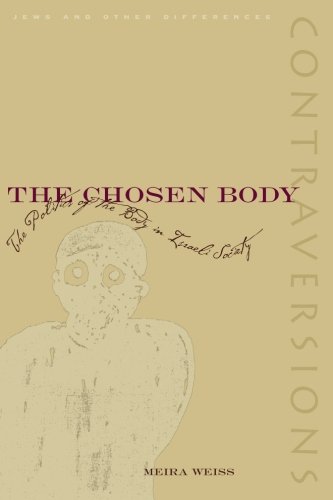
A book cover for The Chosen Body: The Politics of the Body in Israeli Society (Contraversions: Jews and Other Differenc); Meira Weiss; Religion & Spirituality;